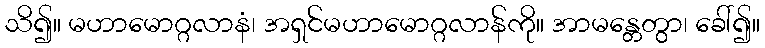
သိ၍။ မဟာမောဂ္ဂလာနံ၊ အရှင်မဟာမောဂ္ဂလာန်ကို။ အာမန္တေတွာ၊ ခေါ်၍။